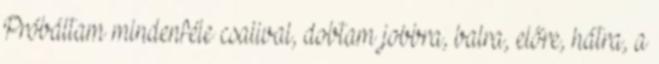
Próbáltam mindenféle csalival, dobtam jobbra, balra, előre, hátra, a